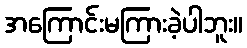
အကြောင်းမကြားခဲ့ပါဘူး။